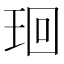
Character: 㻁